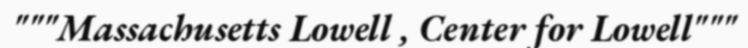
"""Massachusetts Lowell , Center for Lowell"""